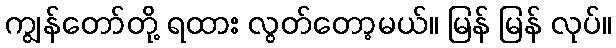
ကျွန်တော်တို့ ရထား လွတ်တော့မယ်။ မြန် မြန် လုပ်။